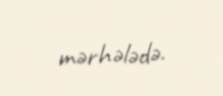
mərhələdə.